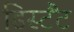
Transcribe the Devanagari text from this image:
डिस्टैंट